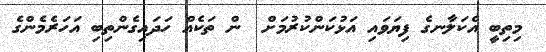
މިތިބީ އެކަލާނގެ ފިޔަވައި އަޅުކަންކުރުމަށް  ން ތަކެއް ހަދައިގެންތިބި އަހަރެމެންގެ